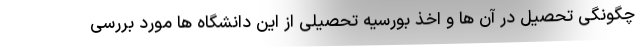
چگونگی تحصیل در آن ها و اخذ بورسیه تحصیلی از این دانشگاه ها مورد بررسی